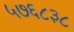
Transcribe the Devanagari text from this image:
५७६८३८